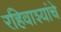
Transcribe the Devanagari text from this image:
रहिवाश्यांचे